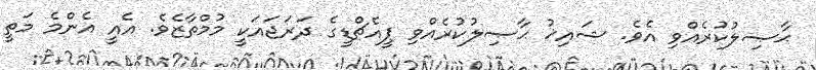
ޙާޞިލުކުރެއްވި އެވެ. ޝައިޚު ޙާޞިލުކުރެއްވި ޕީއެޗްޑީގެ ދަރަޖައަކީ މުމްތާޒެވެ. އެއީ އެންމެ މަތީ